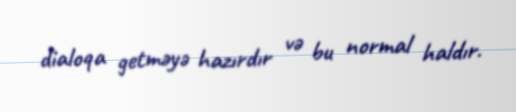
dialoqa getməyə hazırdır və bu normal haldır.